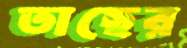
তাছের